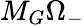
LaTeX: M_{G}\Omega_{-}